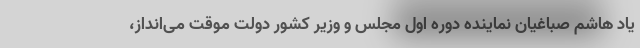
یاد هاشم صباغیان نماینده دوره اول مجلس و وزیر کشور دولت موقت می‌انداز،